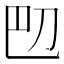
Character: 𫥴